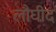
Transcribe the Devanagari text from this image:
लौघीद